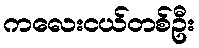
ကလေးငယ်တစ်ဦး